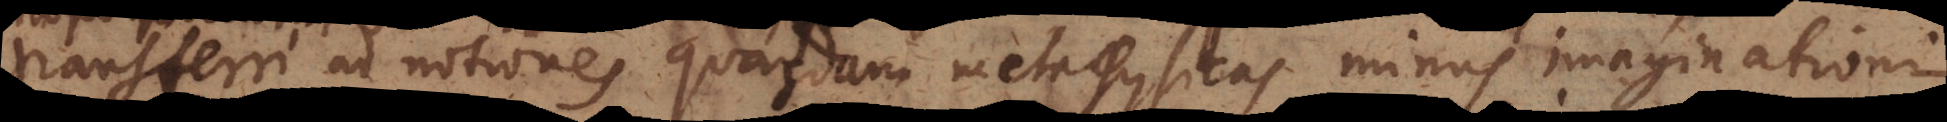
transferri ad notiones quasdam metaphysicas minus imaginationi